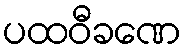
ပထဝီခဏေ